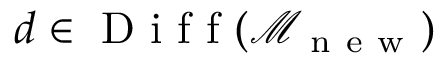
d \in \mathrm { ~ D ~ i ~ f ~ f ~ } ( \mathcal { M } _ { \mathrm { ~ n ~ e ~ w ~ } } )